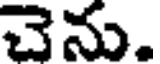
చెను.